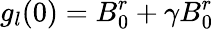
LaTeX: g_{l}(0)=B_{0}^{r}+\gamma B_{0}^{r}